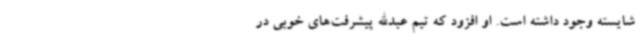
شایسته وجود داشته است. او افزود که تیم عبدالله پیشرفت‌های خوبی در